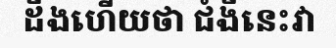
ដឹងហើយថា ជំងឺនេះវា